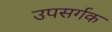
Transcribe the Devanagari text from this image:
उपसर्गक